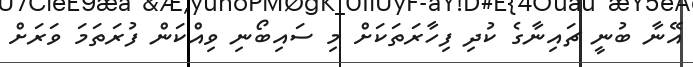
އޭނާ ބުނީ ޗައިނާގެ ކުދި ފިހާރަތަކަށް މި ސައިބޯނި ވިއްކަން ފުރަތަމަ ވަރަށް